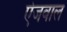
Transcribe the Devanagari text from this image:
ऐजवाल